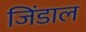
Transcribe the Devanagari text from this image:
जिंडाल